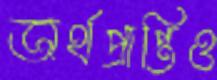
অর্থপ্রাপ্তিও